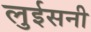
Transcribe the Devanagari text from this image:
लुईसनी